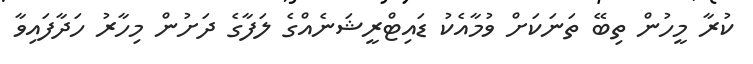
ކުރާ މީހުން ތިބޭ ތަނަކަށް ވުމާއެކު ޑައިޓްރީޝަނެއްގެ ލަފާގެ ދަށުން މިހާރު ހަދާފައިވާ